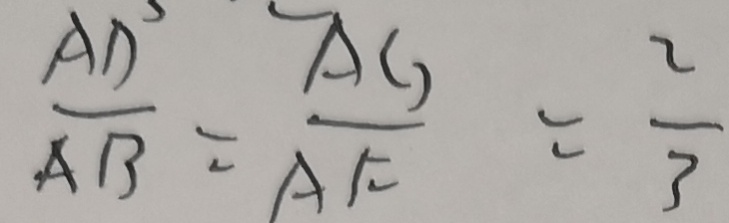
\frac { A D } { A B } = \frac { A G } { A F } = \frac { 2 } { 3 }